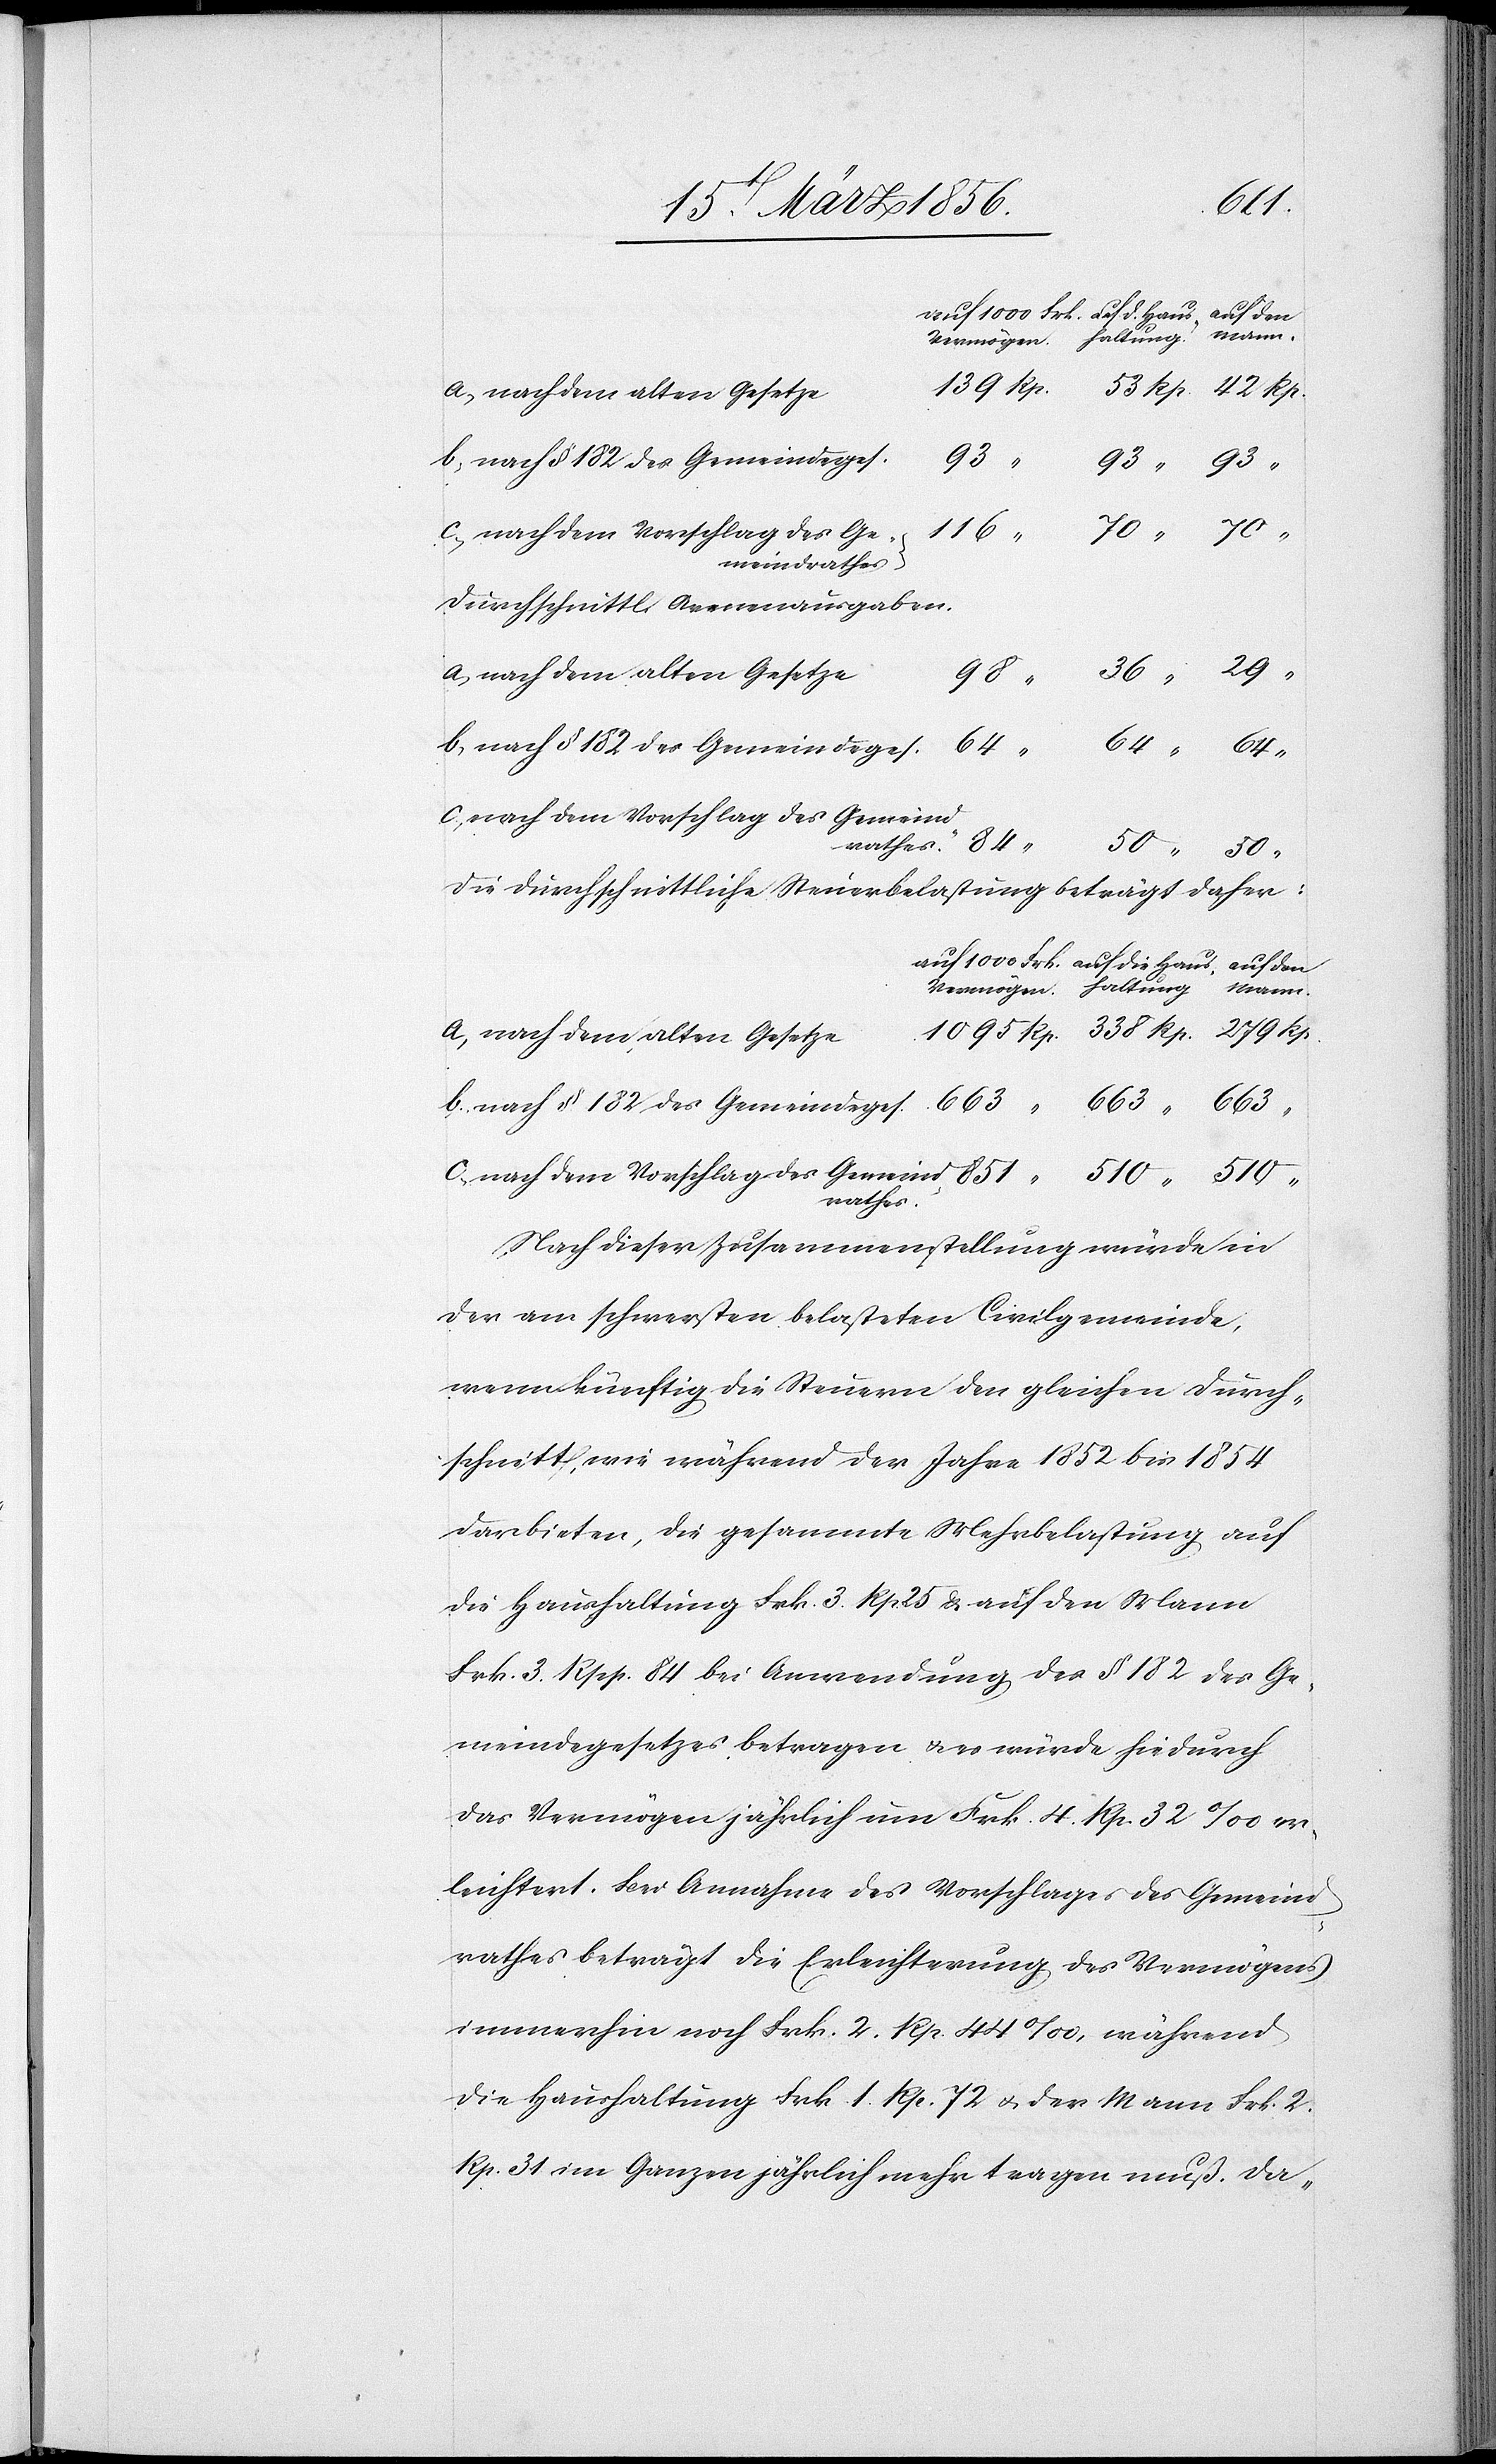
510
a[.], nach dem alten Gesetze
b., nach § 182 des Gemeindeges.
139
116
Durchschnittl. Armenausgaben.
a, nach dem alten Gesetze
98
b, nach § 182 des Gemeindeges.
663
c., nach dem Vorschlag des Gemeind¬
Die durchschnittliche Steuerbelastung beträgt daher:
rathes
Nach dieser Zusammenstellung würde in
der am schwersten belasteten Civilgemeinde,
wenn künftig die Steuern den gleichen Durch¬
schnitt, wie während der Jahre 1852 bis 1854
darbieten, die gesammte Mehrbelastung auf
die Haushaltung Frk. 3. Rp. 25 & auf den Mann
Frk. 3. Rpp. 84 bei Anwendung des § 182 des Ge¬
meindegesetzes betragen & es würde hiedurch
das Vermögen jährlich um Frk. 4. Rp. 32 ‰ er¬
leichtert. Bei Annahme des Vorschlages des Gemeind¬
rathes beträgt die Erleichterung des Vermögens
immerhin noch Frk. 2. Rp. 44 ‰, während
die Haushaltung Frk 1. Rp. 72 u. der Mann Frk. 2.
Rp. 31 im Ganzen jährlich mehr tragen muß. Da-